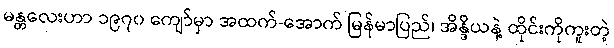
မန္တလေးဟာ ၁၉၇၀ ကျော်မှာ အထက်-အောက် မြန်မာပြည်၊ အိန္ဒိယနဲ့ ထိုင်းကိုကူးတဲ့